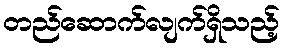
တည်ဆောက်လျက်ရှိသည့်